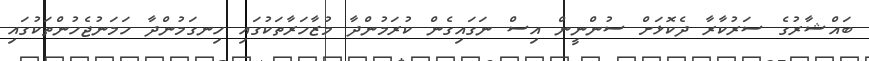
ބައްޝާރުގެ ސަރުކާރާ ދެކޮޅަށް ސުންނީން އިސް ނަގައިގެން ކުރަމުންދާ މުޒާހަރާތަކުގައި ހިނގަމުންދާ ހަމަނުޖެހުންތަކުގައި